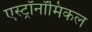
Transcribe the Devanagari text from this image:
एस्ट्रॉनॉमिकल